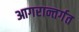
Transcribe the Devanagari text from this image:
आगरान्तर्गत